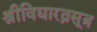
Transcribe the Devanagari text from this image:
श्रीविद्यारत्नसूत्र